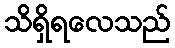
သိရှိရလေသည်